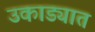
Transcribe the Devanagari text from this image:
उकाड्यात